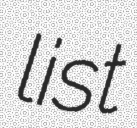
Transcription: list